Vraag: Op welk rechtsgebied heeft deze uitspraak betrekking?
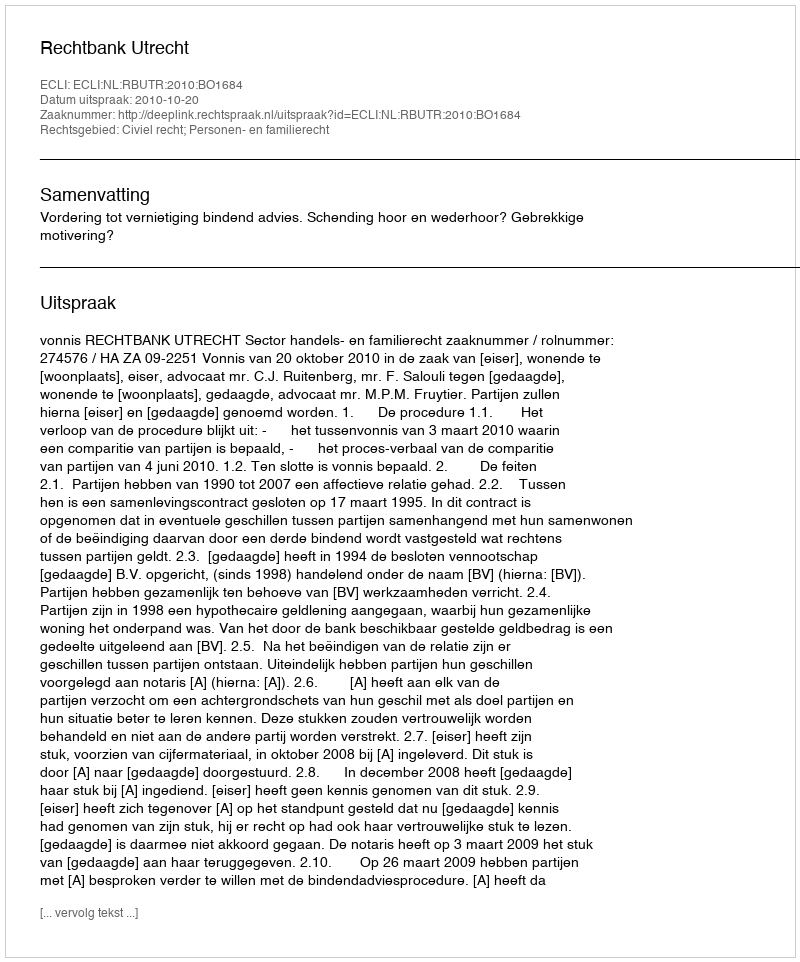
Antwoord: Civiel recht; Personen- en familierecht